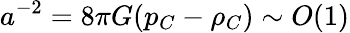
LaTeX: a^{-2}=8\pi G(p_{C}-\rho_{C})\sim O(1)